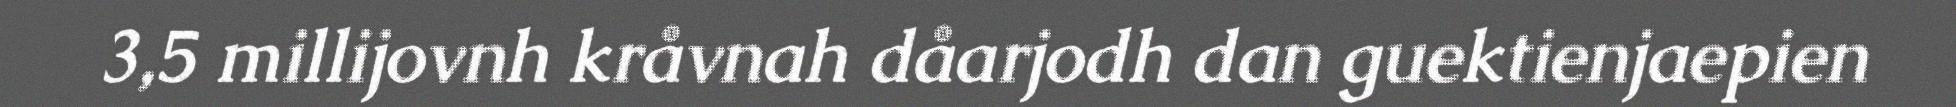
3,5 millijovnh kråvnah dåarjodh dan guektienjaepien